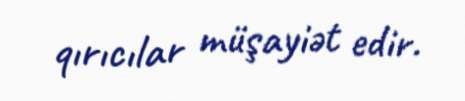
qırıcılar müşayiət edir.